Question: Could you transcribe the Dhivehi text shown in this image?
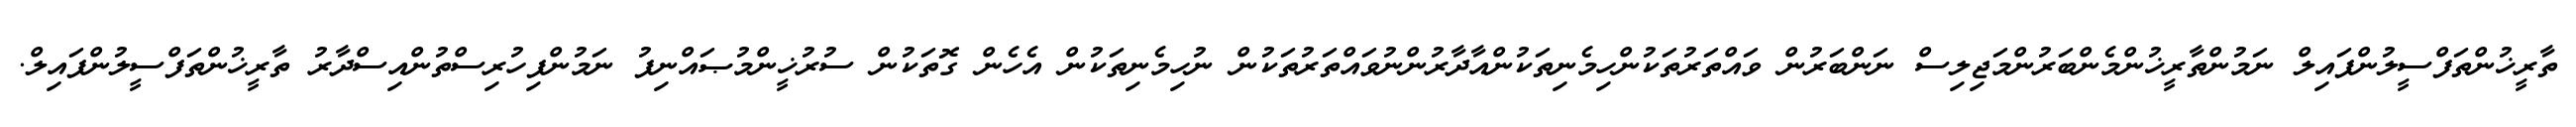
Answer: ތާރީޚުންތަފްސީލުންފައިލް ނަމުންތާރީޚުންމެންބަރުންމަޖިލިސް ނަންބަރުން ވައްތަރުތަކުންހިމެނިތަކުންއާދާރުންނުވައްތަރުތަކުން ނުހިމެނިތަކުން އެހެން ގޮތަކުން ސުރުޚީންމުޞައްނިފު ނަމުންފިހުރިސްތުންއިސްދާރު ތާރީޚުންތަފްސީލުންފައިލް.